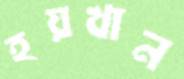
হয়খান